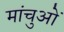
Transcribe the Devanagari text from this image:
मांचुओं